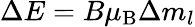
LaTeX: \Delta E=B\mu_{\mathrm{{B}}}\Delta m_{l}